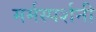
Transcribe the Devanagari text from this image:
मर्मस्पर्शनी